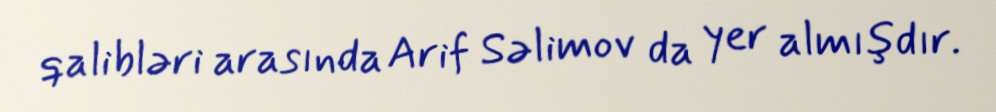
qalibləri arasında Arif Səlimov da yer almışdır.